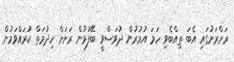
ރަށްރަށުގައި އެބަ ތިއްބެވި ހަމަ އުމުރުން ދުވަސްވީ ބޭފުޅުން ރަށަށް ހިދުމަތް ކުރައްވަމުން